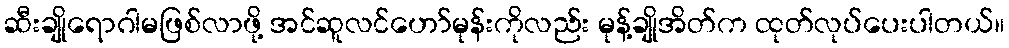
ဆီးချိုရောဂါမဖြစ်လာဖို့ အင်ဆူလင်ဟော်မုန်းကိုလည်း မုန့်ချိုအိတ်က ထုတ်လုပ်ပေးပါတယ်။